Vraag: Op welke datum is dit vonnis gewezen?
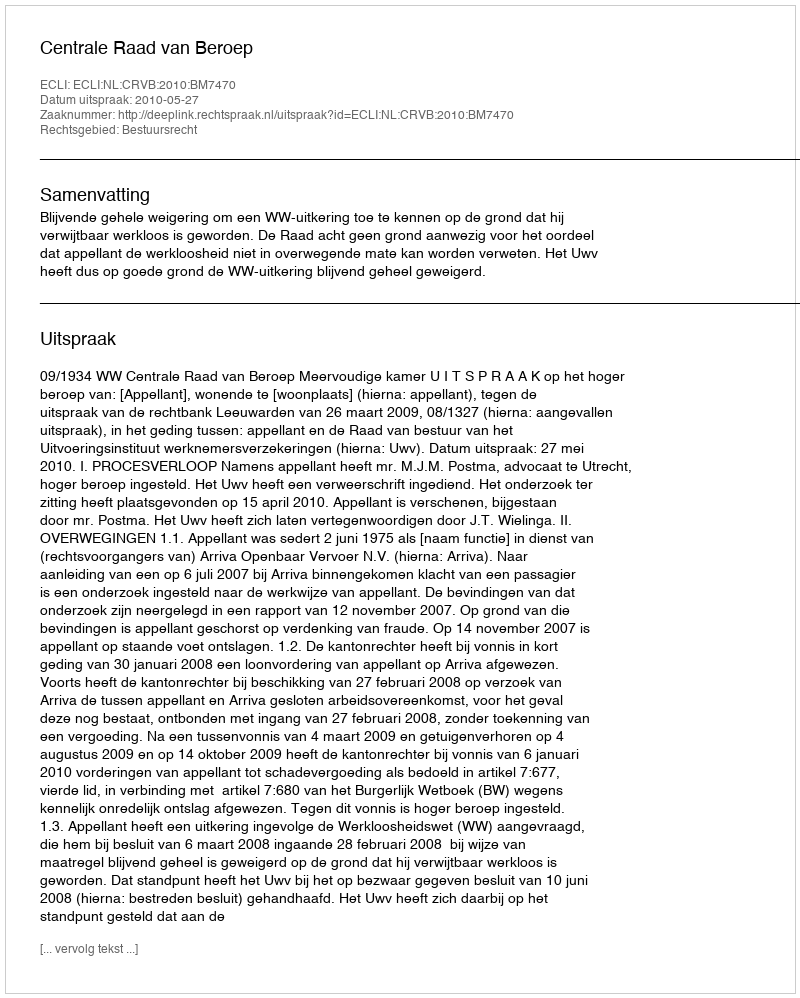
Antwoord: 2010-05-27